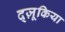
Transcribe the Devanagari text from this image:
द्ज़ूकिया